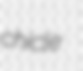
chicle